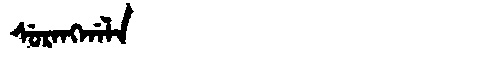
Manchu: ᠰᡠᡵᠠᠩᡤᠠᠯᠠ
Romanization: SURANGGALA